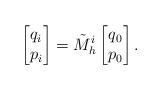
LaTeX: \begin{align*}\left[ \begin{matrix}q_{i}\\p_{i}\end{matrix}\right] = \tilde{M}_h^i\left[ \begin{matrix}q_0\\p_0\end{matrix}\right].\end{align*}